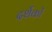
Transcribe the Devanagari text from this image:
दर्शेकों